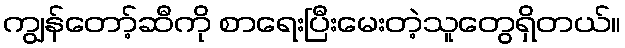
ကျွန်တော့်ဆီကို စာရေးပြီးမေးတဲ့သူတွေရှိတယ်။